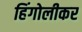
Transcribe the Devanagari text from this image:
हिंगोलीकर